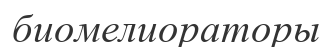
биомелиораторы